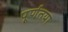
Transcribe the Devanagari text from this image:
पू्र्णतया